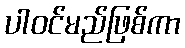
ပါဝင်မည်ဖြစ်ကာ